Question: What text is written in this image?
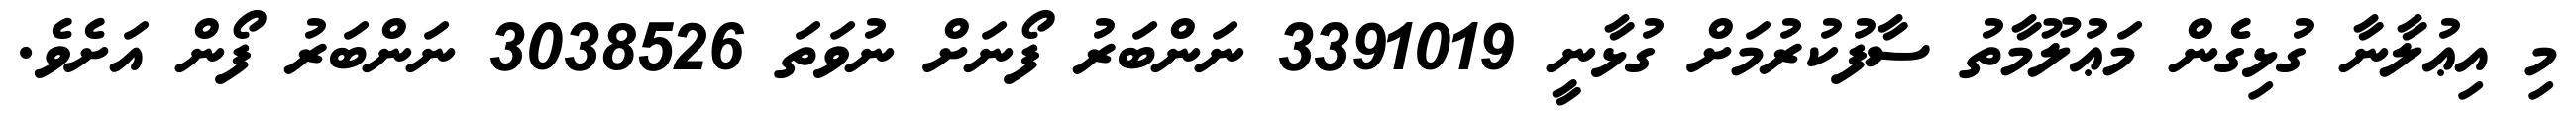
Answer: މި އިޢުލާނާ ގުޅިގެން މަޢުލޫމާތު ސާފުކުރުމަށް ގުޅާނީ 3391019 ނަންބަރު ފޯނަށް ނުވަތަ 3038526 ނަންބަރު ފޯން އަށެވެ.